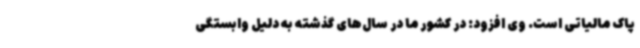
پاک مالیاتی است. وی افزود: در کشور ما در سال‌های گذشته به دلیل وابستگی